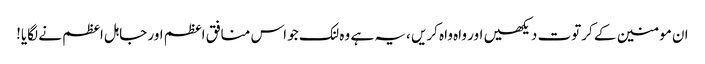
ان مومنین کے کرتوت دیکھیں اور واہ واہ کریں ،یہ ہے وہ لنک جو اس منافق اعظم اور جاہل اعظم نے لگایا!